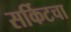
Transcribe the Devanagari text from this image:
सर्किटचा